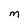
Character: m